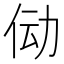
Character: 𫢙